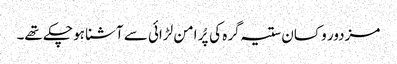
مزدور و کسان ستیہ گرہ کی پُر امن لڑائی سے آشنا ہو چکے تھے۔